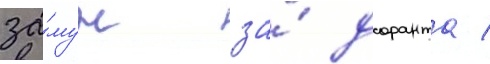
за́муж за́ доранта /